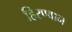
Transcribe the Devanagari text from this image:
हिरण्वान